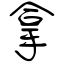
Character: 拿